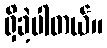
ရှိခဲ့ပါတယ်။